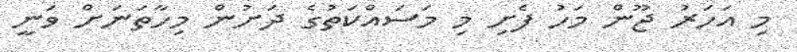
މި އަހަރު ޖޫން މަހު ފެށި މި މަސައްކަތުގެ ދަށުން މިހާތަނަށް ވަނީ